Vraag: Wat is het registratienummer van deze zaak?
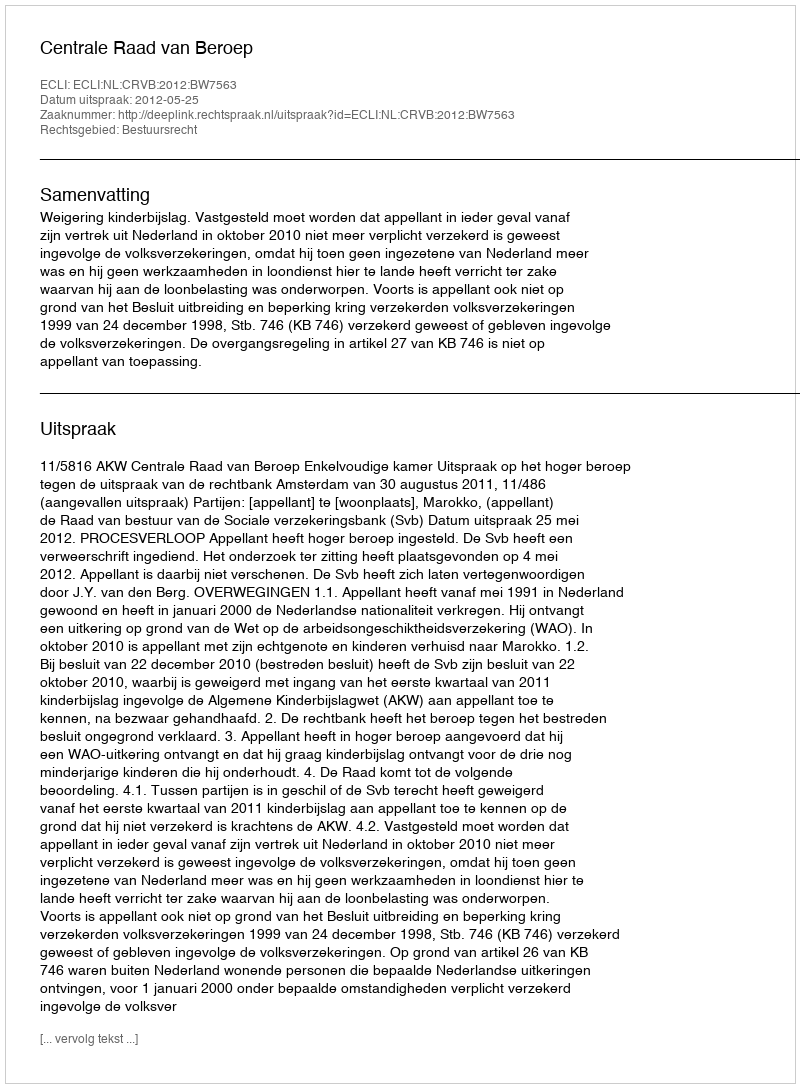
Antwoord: http://deeplink.rechtspraak.nl/uitspraak?id=ECLI:NL:CRVB:2012:BW7563